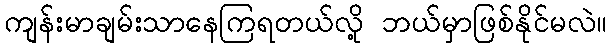
ကျန်းမာချမ်းသာနေကြရတယ်လို့ ဘယ်မှာဖြစ်နိုင်မလဲ။